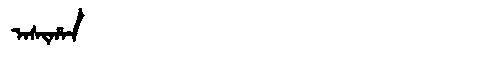
Manchu: ᠠᠰᡳᡥᠠᠨ
Romanization: ASIHAN